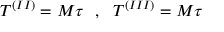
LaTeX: T ^ { ( I I ) } = M \tau ~ ~ , ~ ~ T ^ { ( I I I ) } = M \tau